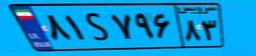
۰۱S۰۰۹۷۵